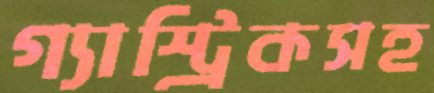
গ্যাস্ট্রিকসহ